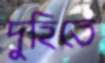
দুহিতে